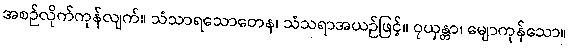
အစဉ်လိုက်ကုန်လျက်။ သံသာရသောတေန၊ သံသရာအယဉ်ဖြင့်။ ဝုယှန္တာ၊ မျောကုန်သော။